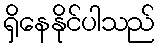
ရှိနေနိုင်ပါသည်